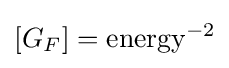
[G_{F}]={\text{energy}}^{-2}